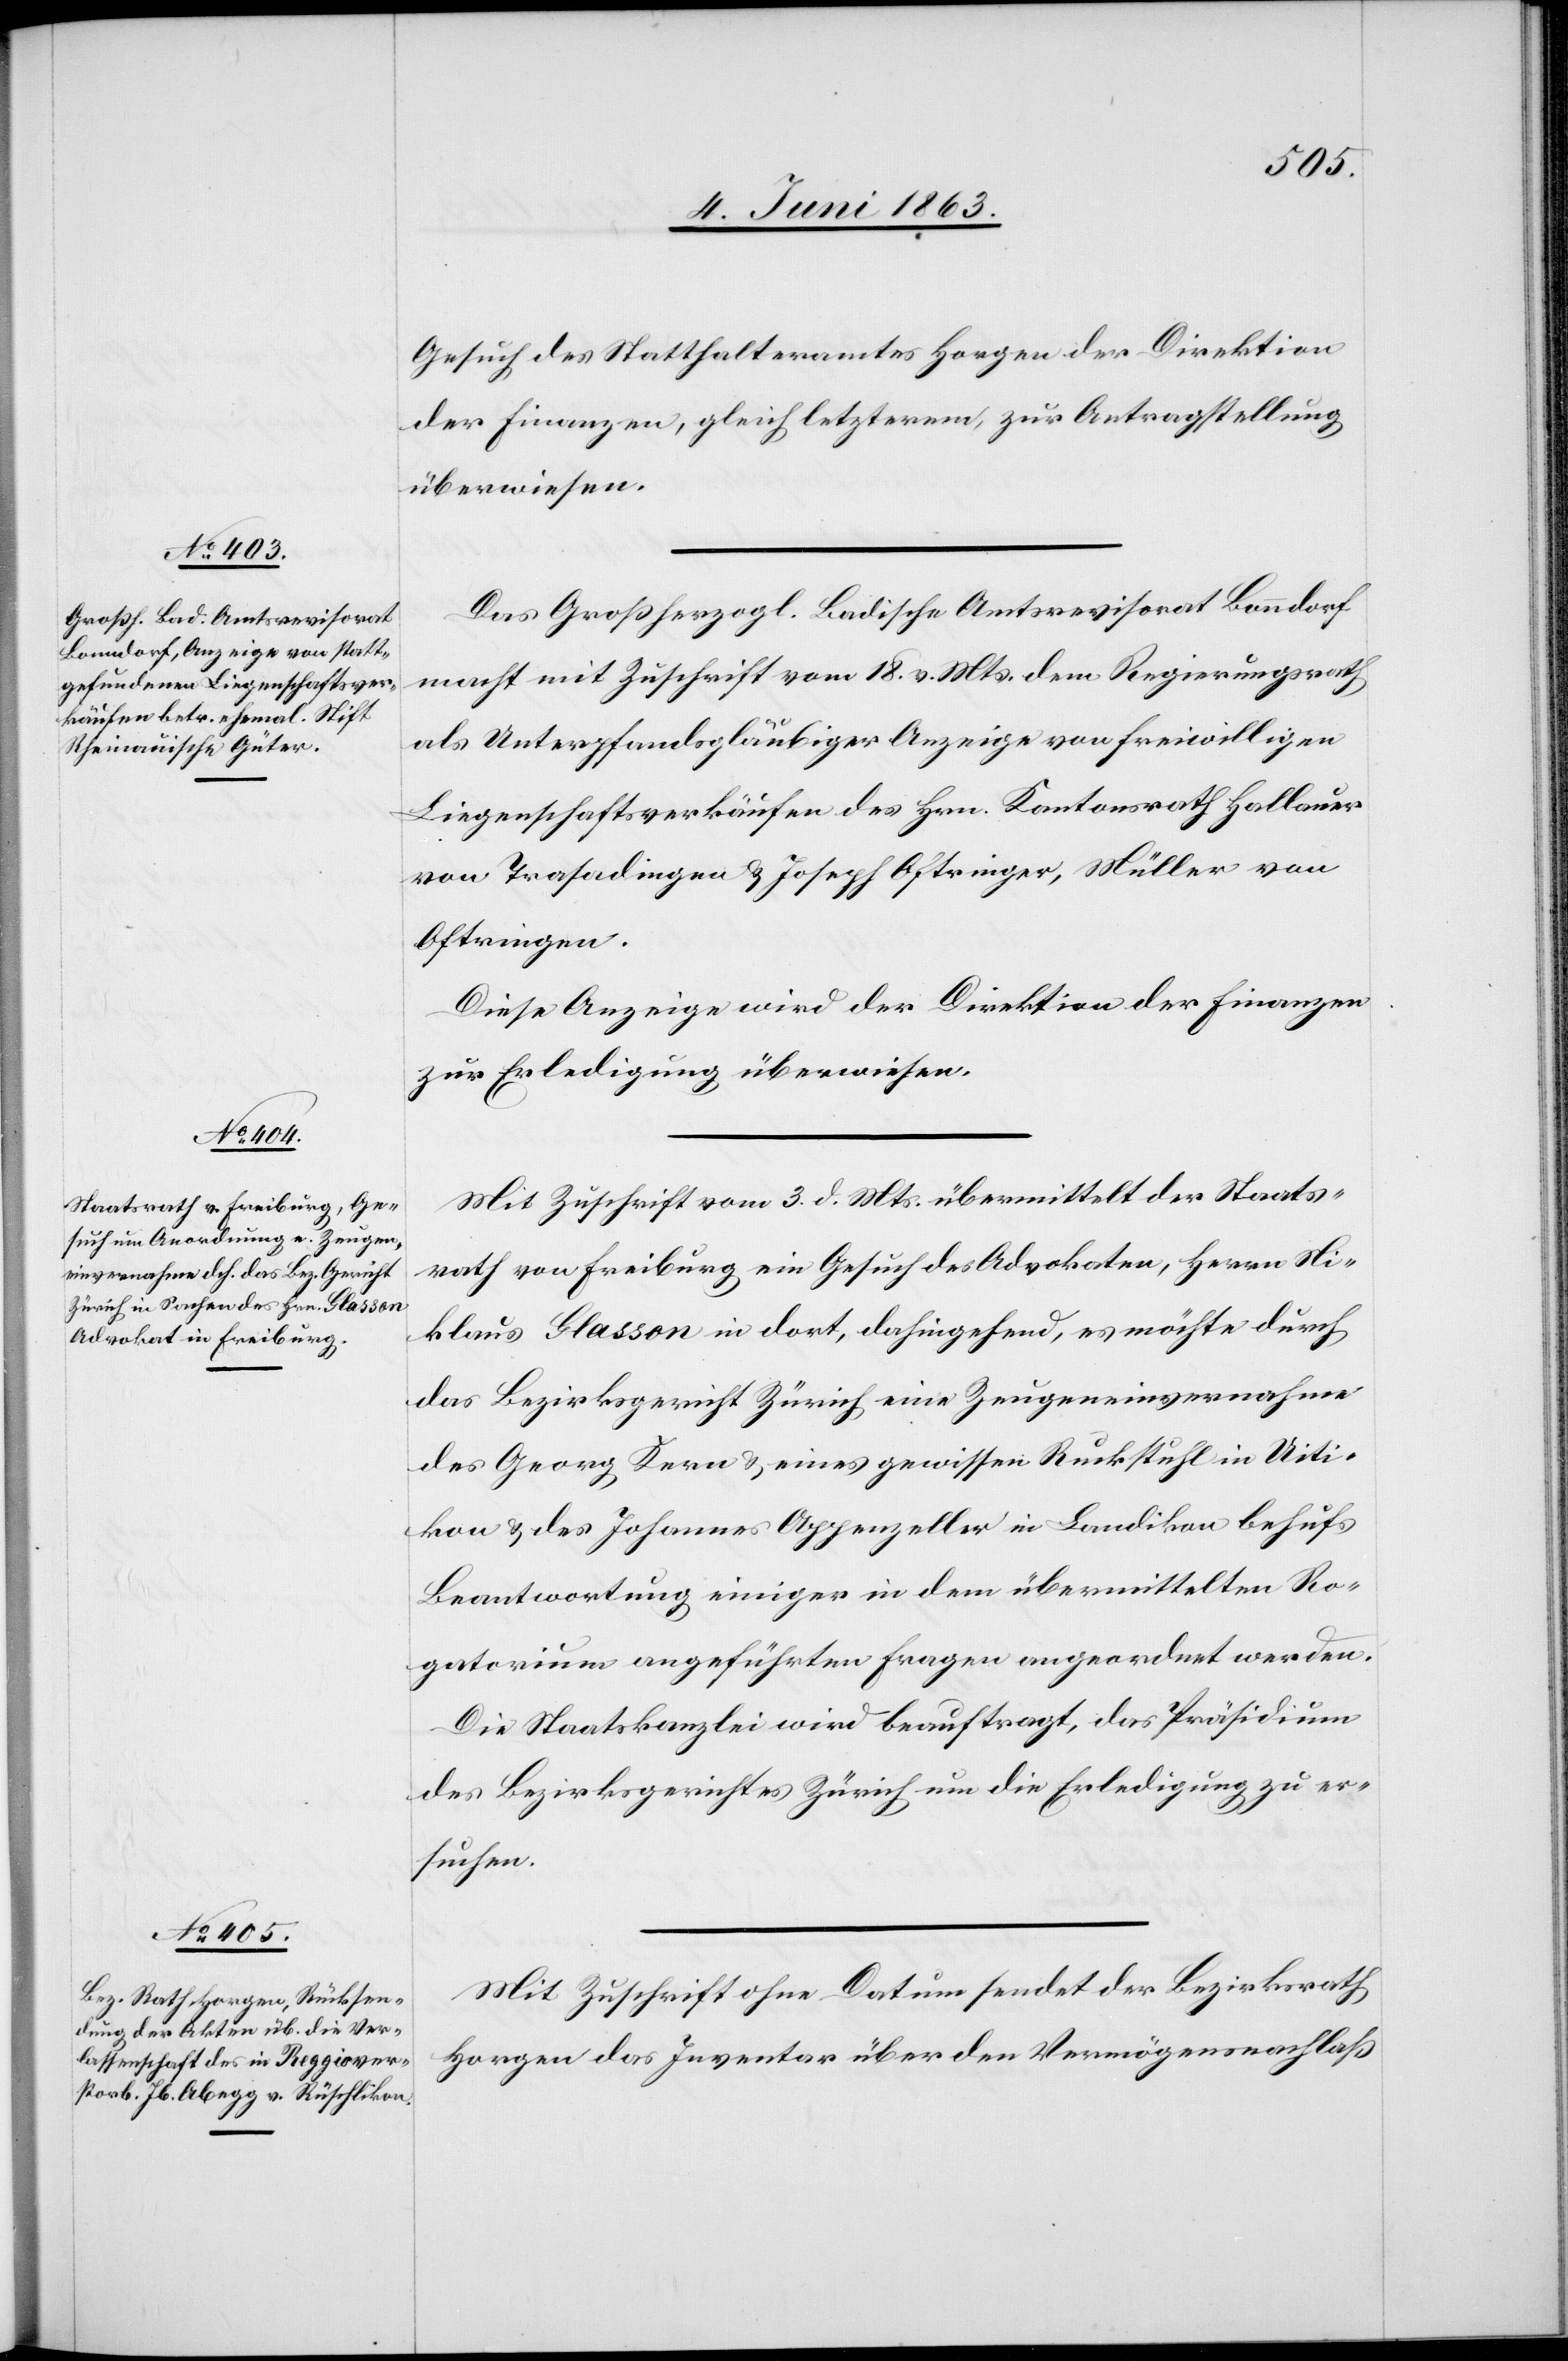
4. Juni 1863.]
Gesuch des Statthalteramtes Horgen der Direktion
der Finanzen, gleich letzterem, zur Antragstellung
überwiesen.
Das Großherzogl. Badische Amtsrevisorat Bonndorf
macht mit Zuschrift vom 18. v. Mts. dem Regierungsrath
als Unterpfandsgläubiger Anzeige von freiwilligen
Liegenschaftsverkäufen des Hrn. Kantonsrath Hallauer
von Trasadingen & Joseph Oftringer, Müller von
Oftringen.
Diese Anzeige wird der Direktion der Finanzen
zur Erledigung überwiesen.
Mit Zuschrift vom 3. d. Mts. übermittelt der Staats¬
rath von Freiburg ein Gesuch des Advokaten, Herrn Ni¬
klaus Glasson in dort, dahingehend, es möchte durch
das Bezirksgericht Zürich eine Zeugeneinvernahme
des Georg Kern & eines gewissen Ruckstuhl in Uiti¬
kon & des Johannes Appenzeller in Landikon behufs
Beantwortung einiger in dem übermittelten Ro¬
gatorium angeführten Fragen angeordnet werden.
Die Staatskanzlei wird beauftragt, das Präsidium
des Bezirksgerichtes Zürich um die Erledigung zu er¬
suchen.
Mit Zuschrift ohne Datum sendet der Bezirksrath
Horgen das Inventar über den Vermögensnachlaß